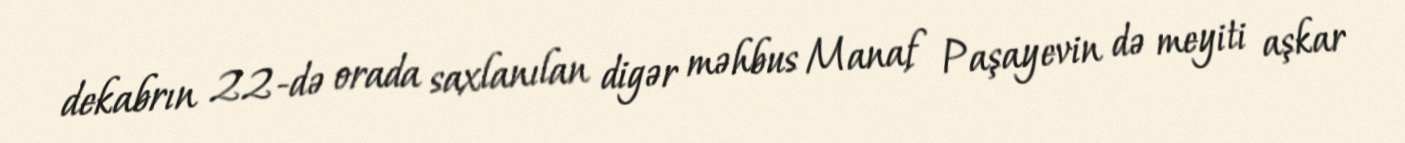
dekabrın 22-də orada saxlanılan digər məhbus Manaf Paşayevin də meyiti aşkar